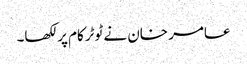
عامر خان نے ٹوٹرکام پر لکھا۔